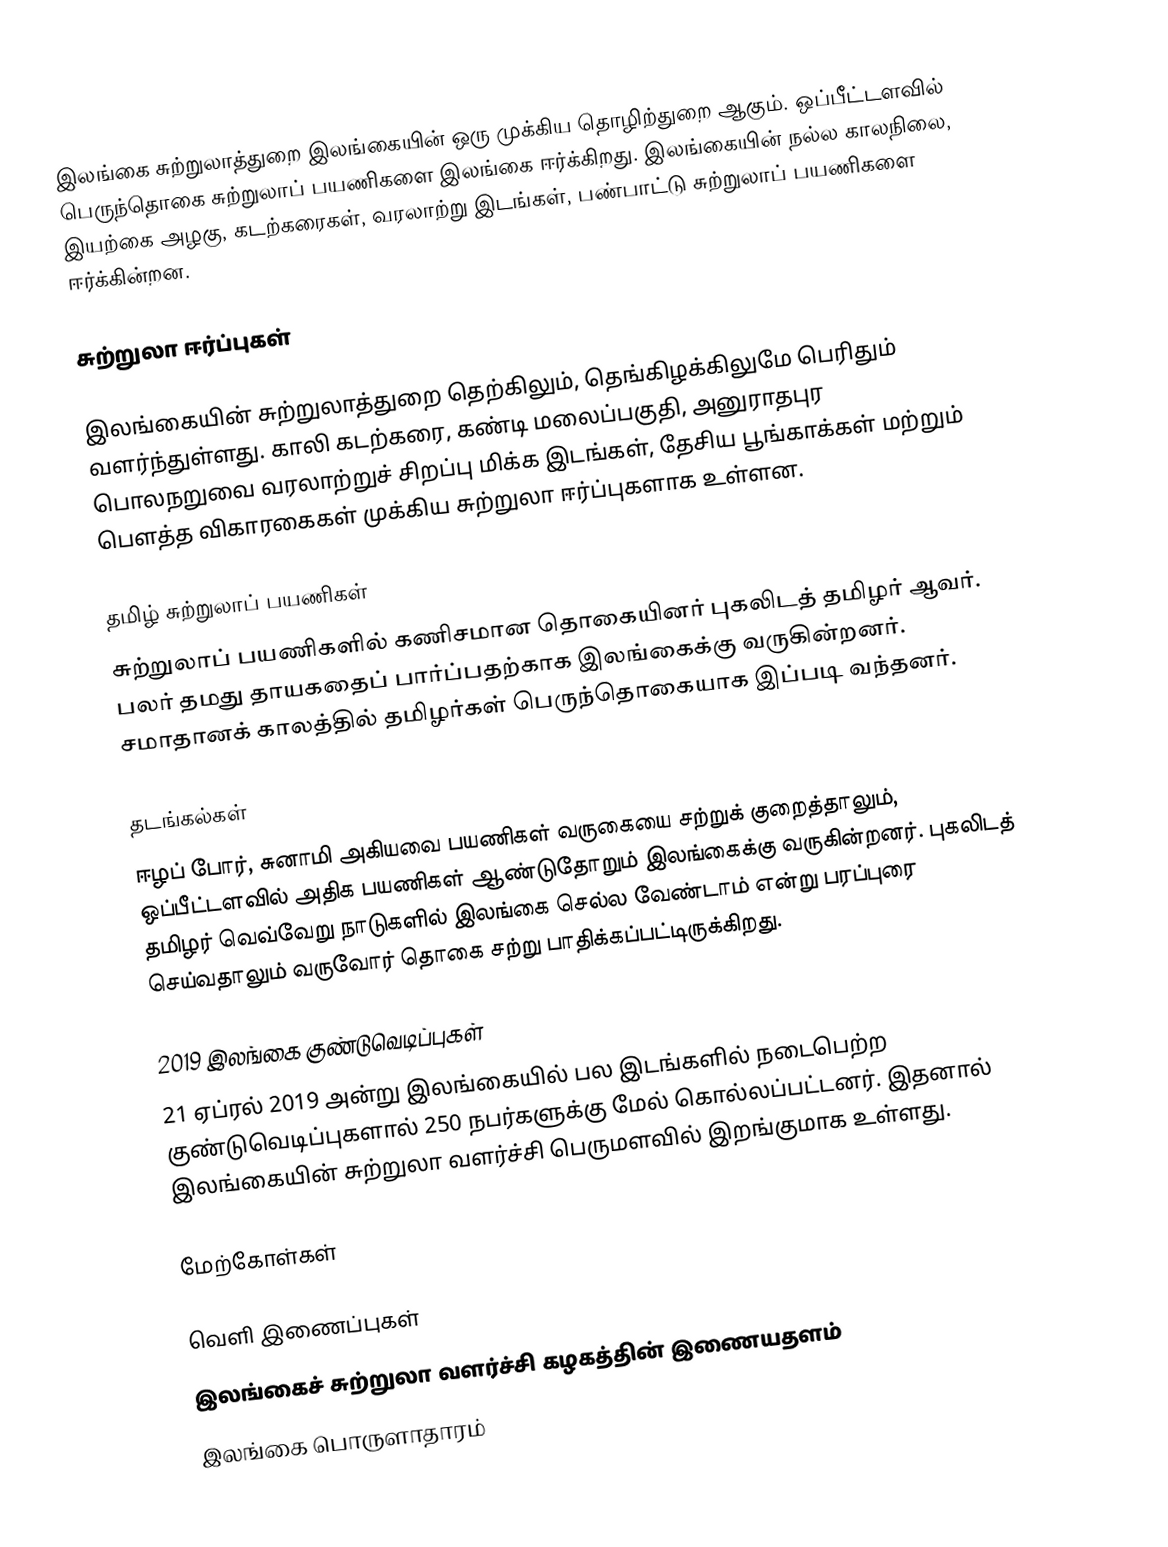
இலங்கை சுற்றுலாத்துறை இலங்கையின் ஒரு முக்கிய தொழிற்துறை ஆகும்.  ஒப்பீட்டளவில் பெருந்தொகை சுற்றுலாப் பயணிகளை இலங்கை ஈர்க்கிறது.  இலங்கையின் நல்ல காலநிலை, இயற்கை அழகு, கடற்கரைகள், வரலாற்று இடங்கள், பண்பாட்டு சுற்றுலாப் பயணிகளை ஈர்க்கின்றன.

சுற்றுலா ஈர்ப்புகள்

இலங்கையின் சுற்றுலாத்துறை தெற்கிலும், தெங்கிழக்கிலுமே பெரிதும் வளர்ந்துள்ளது.  காலி கடற்கரை, கண்டி மலைப்பகுதி, அனுராதபுர பொலநறுவை வரலாற்றுச் சிறப்பு மிக்க இடங்கள், தேசிய பூங்காக்கள் மற்றும் பெளத்த விகாரகைகள் முக்கிய சுற்றுலா ஈர்ப்புகளாக உள்ளன.

தமிழ் சுற்றுலாப் பயணிகள்
சுற்றுலாப் பயணிகளில் கணிசமான தொகையினர் புகலிடத் தமிழர் ஆவர்.  பலர் தமது தாயகதைப் பார்ப்பதற்காக இலங்கைக்கு வருகின்றனர்.  சமாதானக் காலத்தில் தமிழர்கள் பெருந்தொகையாக இப்படி வந்தனர்.

தடங்கல்கள்
ஈழப் போர், சுனாமி அகியவை பயணிகள் வருகையை சற்றுக் குறைத்தாலும், ஒப்பீட்டளவில் அதிக பயணிகள் ஆண்டுதோறும் இலங்கைக்கு வருகின்றனர்.  புகலிடத் தமிழர் வெவ்வேறு நாடுகளில் இலங்கை செல்ல வேண்டாம் என்று பரப்புரை செய்வதாலும் வருவோர் தொகை சற்று பாதிக்கப்பட்டிருக்கிறது.

2019 இலங்கை குண்டுவெடிப்புகள்
21 ஏப்ரல் 2019 அன்று  இலங்கையில் பல இடங்களில் நடைபெற்ற குண்டுவெடிப்புகளால் 250 நபர்களுக்கு மேல் கொல்லப்பட்டனர்.  இதனால் இலங்கையின் சுற்றுலா வளர்ச்சி பெருமளவில் இறங்குமாக உள்ளது.

மேற்கோள்கள்

வெளி இணைப்புகள்
 இலங்கைச் சுற்றுலா வளர்ச்சி கழகத்தின் இணையதளம்
இலங்கை பொருளாதாரம்